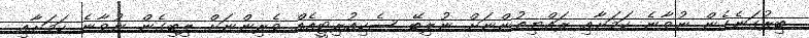
ބިރުގަނެގެން ނުވާނެ ކަމަށާއި ރައްޔިތުންނަށް ނުލިބޭ ސެކިއުރިޓީއެއް ވެރިންނަށް ލިބިގެން ނުވާނެ ކަމަށާއި